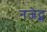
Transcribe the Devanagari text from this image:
नजेट्स